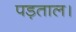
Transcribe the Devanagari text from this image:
पड़ताल।